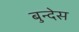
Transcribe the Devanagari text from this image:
बुन्देस